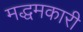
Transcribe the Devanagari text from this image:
मद्धमकारी